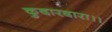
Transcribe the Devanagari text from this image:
कुदारदारा।।